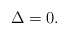
\begin{align*} \Delta=0.\end{align*}